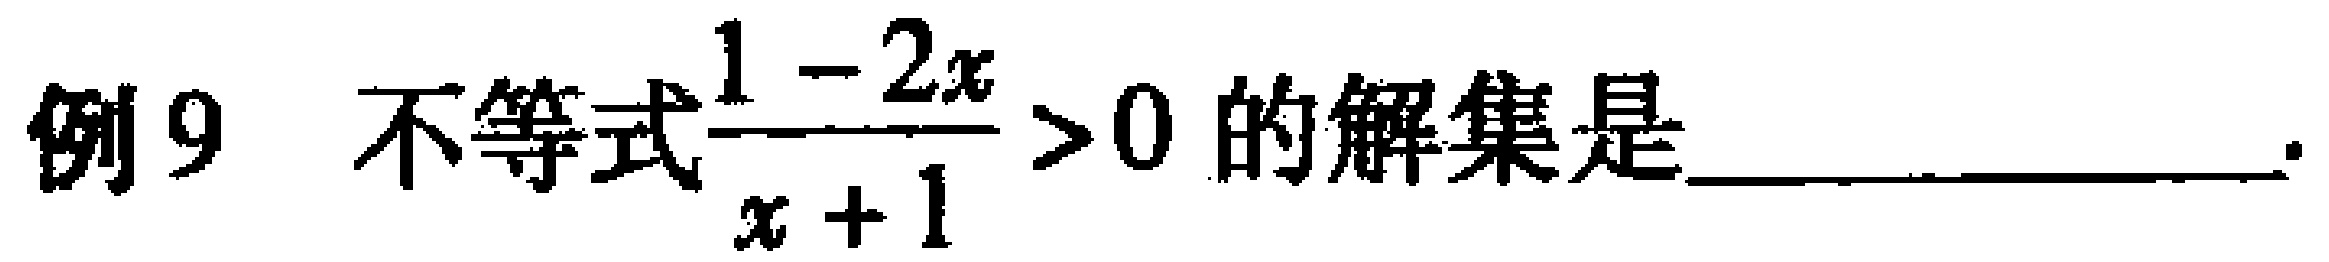
例9 不等式$\frac{1 - 2x}{x + 1} > 0$的解集是______________.